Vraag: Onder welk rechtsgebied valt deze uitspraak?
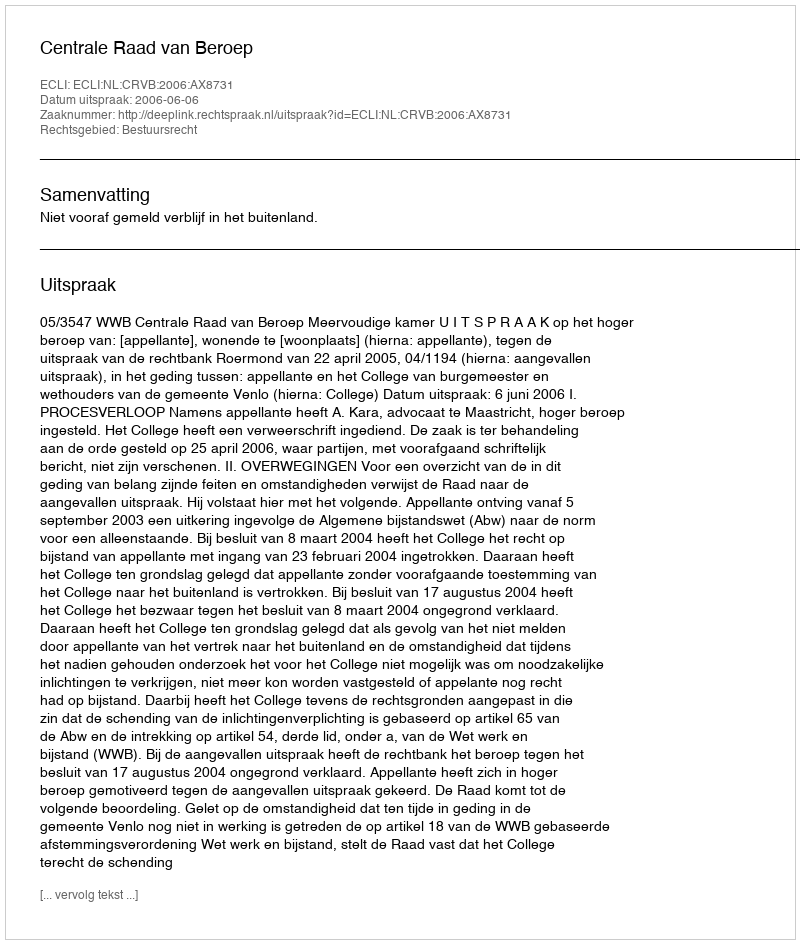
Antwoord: Bestuursrecht